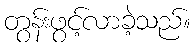
တွန်းဖွင့်လာခဲ့သည်။